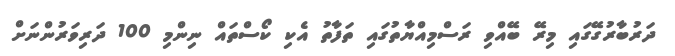
ދަރުބާރުގޭގައި މިރޭ ބޭއްވި ރަސްމިއްޔާތުގައި ތަފާތު އެކި ކޯސްތައް ނިންމި 100 ދަރިވަރުންނަށް